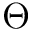
\Theta